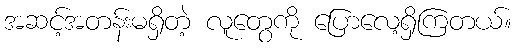
အဆင့်အတန်းမရှိတဲ့ လူတွေကို ပြောလေ့ရှိကြတယ်။